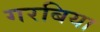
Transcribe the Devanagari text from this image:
गरबिया